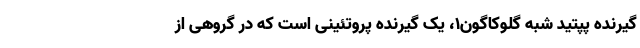
گیرنده پپتید شبه گلوکاگون۱، یک گیرنده پروتئینی است که در گروهی از